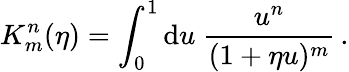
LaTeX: K_{m}^{n}(\eta)=\int_{0}^{1}\mathrm{d}u\ \frac{u^{n}}{(1+\eta u)^{m}}\, .